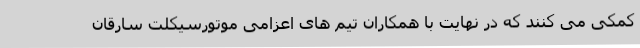
کمکی می کنند که در نهایت با همکاران تیم های اعزامی موتورسیکلت سارقان